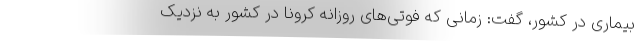
بیماری در کشور، گفت: زمانی که فوتی‌های روزانه کرونا در کشور به نزدیک